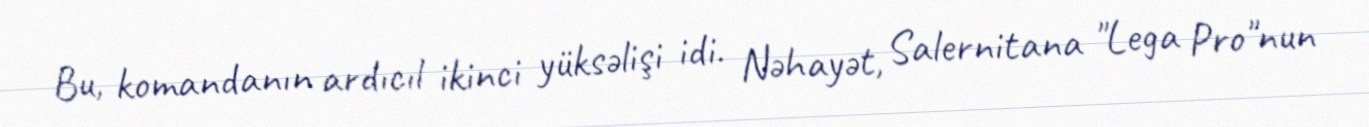
Bu, komandanın ardıcıl ikinci yüksəlişi idi. Nəhayət, Salernitana "Lega Pro"nun